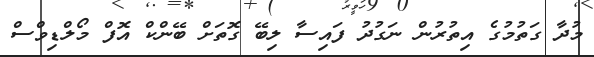
މުދާ ގަތުމުގެ އިތުރުން ނަގުދު ފައިސާ ލިބޭ ގޮތަށް ބޭންކް އޮފް މޯލްޑިވްސް